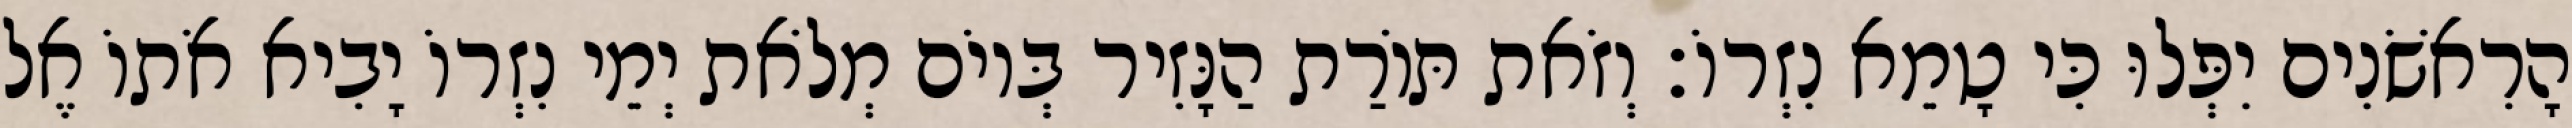
הָרִאשֹׁנִים יִפְּלוּ כִּי טָמֵא נִזְרוֹ׃ וְזֹאת תּוֹרַת הַנָּזִיר בְּיוֹם מְלֹאת יְמֵי נִזְרוֹ יָבִיא אֹתוֹ אֶל